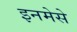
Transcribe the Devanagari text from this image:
इनमेसे